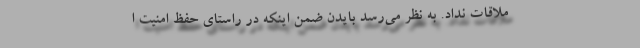
ملاقات نداد. ‌به نظر می‌رسد بایدن ضمن اینکه در راستای حفظ امنیت ا